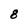
Character: 8